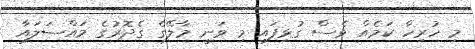
މި ހުރިހާ ކަމެއް ވެސް ގުޅިފައި މި ވަނީ މާލޭގެ ގެދޮރުގެ މައްސަލައާ